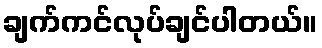
ချက်ကင်လုပ်ချင်ပါတယ်။